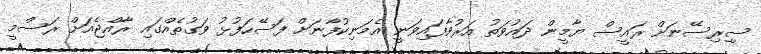
ސިިރިސޭނަށް ރައީސް ޔާމީން ދައުވަތު އަރުވާފައިވަނީ އެމަނިކުފާނަށް ފަސޭހަފުޅު ވަގުތެއްގައި ރާއްޖެއަށް ރަސްމީ